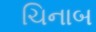
ચિનાબ